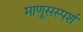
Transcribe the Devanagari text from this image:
माणूसस्पर्श